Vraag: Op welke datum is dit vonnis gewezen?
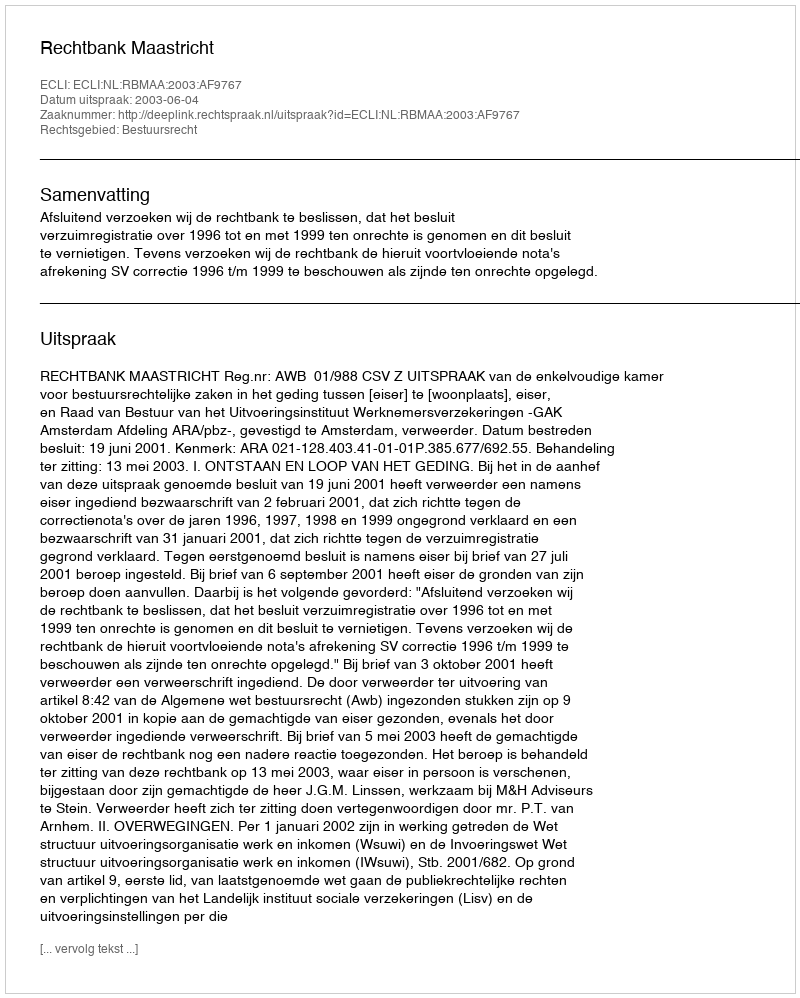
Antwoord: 2003-06-04